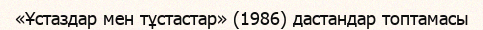
«Ұстаздар мен тұстастар» (1986) дастандар топтамасы